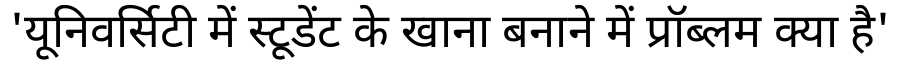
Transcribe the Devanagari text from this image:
'यूनिवर्सिटी में स्टूडेंट के खाना बनाने में प्रॉब्लम क्या है'